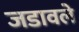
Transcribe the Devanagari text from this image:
जडावले